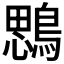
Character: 𪃄